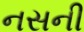
નસની